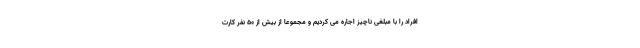
افراد را با مبلغی ناچیز اجاره می کردیم و مجموعا از بیش از ۵۰ نفر کارت